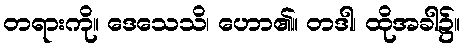
တရားကို။ ဒေသေသိ၊ ဟော၏။ တဒါ၊ ထိုအခါ၌။